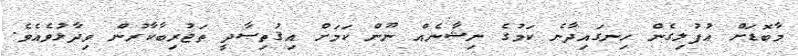
މާބޮޑަށް އުފުލިގެން ހިނގައިދާނެ ކަމުގެ ނިޝާނެއް ނޫން ކަމަށް އިޤުތިޞާދީ ތަޖުރިބާކާރުން ވިދާޅުވެއެވެ.